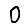
Digit: 0